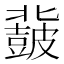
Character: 𮮨